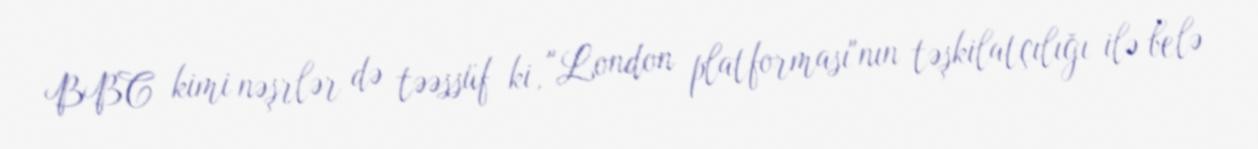
BBC kimi nəşrlər də təəssüf ki, "London platforması"nın təşkilatçılığı ilə belə